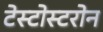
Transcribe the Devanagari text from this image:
टेस्टोस्टरोन